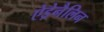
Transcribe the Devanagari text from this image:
ऐड्रेनैलिन